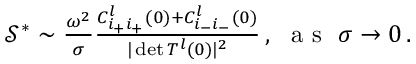
\begin{array} { r } { \mathcal { S } ^ { * } \sim \frac { \omega ^ { 2 } } { \sigma } \frac { C _ { i _ { + } i _ { + } } ^ { l } ( 0 ) + C _ { i _ { - } i _ { - } } ^ { l } ( 0 ) } { \vert \operatorname* { d e t } T ^ { l } ( 0 ) \vert ^ { 2 } } \, , ~ \mathrm { ~ a ~ s ~ } ~ \sigma \rightarrow 0 \, . } \end{array}